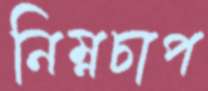
নিম্নচাপ